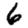
Digit: 6